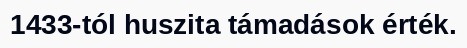
1433-tól huszita támadások érték.